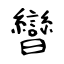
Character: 曫